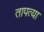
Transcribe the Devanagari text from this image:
तापत्या